Annual administration report of the Civil Veterinary Department of India - 1905-1906
Year: 1905
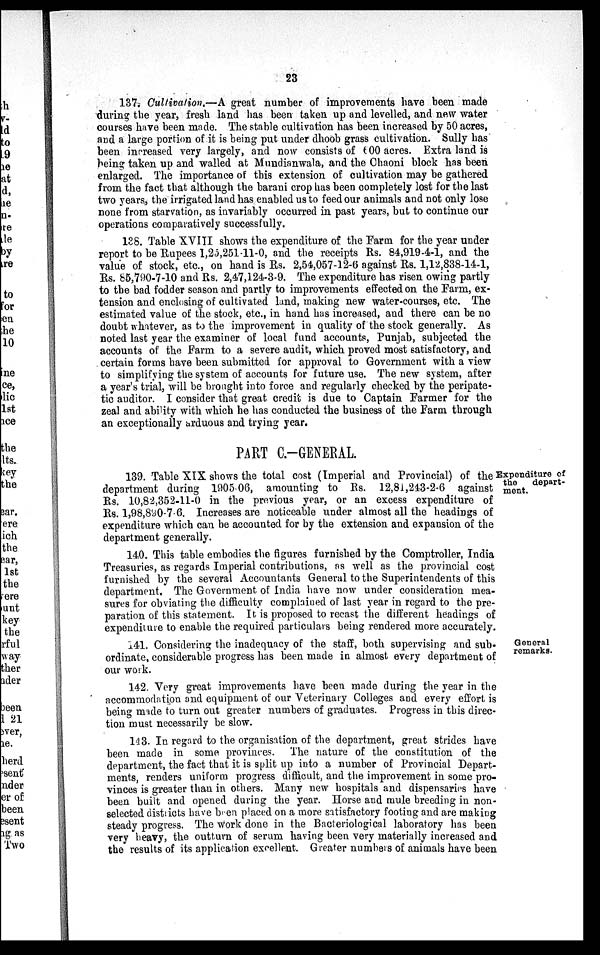
23
137. Cultivation.—A great number of improvements have been made
during the year, fresh land has been taken up and levelled, and new water
courses have been made. The stable cultivation has been increased by 50 acres,
and a large portion of it is being put under dhoob grass cultivation. Sully has
been increased very largely, and now consists of 600 acres. Extra land is
being taken up and walled at Mundianwala, and the Chaoni block has been
enlarged. The importance of this extension of cultivation may be gathered
from the fact that although the barani crop has been completely lost for the last
two years, the irrigated land has enabled us to feed our animals and not only lose
none from starvation, as invariably occurred in past years, but to continue our
operations comparatively successfully.
138. Table XVIII shows the expenditure of the Farm for the year under
report to be Rupees 1,25,251-11-0, and the receipts Rs. 84,919-4-1, and the
value of stock, etc., on hand is Rs. 2,54,057-12-6 against Rs. 1,12,838-14-1,
Rs. 85,790-7-10 and Rs. 2,47,124-3-9. The expenditure has risen owing partly
to the bad fodder season and partly to improvements effected on the Farm, ex-
tension and enclosing of cultivated land, making new water-courses, etc. The
estimated value of the stock, etc., in hand has increased, and there can be no
doubt whatever, as to the improvement in quality of the stock generally. As
noted last year the examiner of local fund accounts, Punjab, subjected the
accounts of the Farm to a severe audit, which proved most satisfactory, and
certain forms have been submitted for approval to Government with a view
to simplifying the system of accounts for future use. The new system, after
a year's trial, will be brought into force and regularly checked by the peripate-
tic auditor. I consider that great credit is due to Captain Farmer for the
zeal and ability with which he has conducted the business of the Farm through
an exceptionally arduous and trying year.
PART C.-GENERAL.
Expenditure of
the
depart-
ment.
139. Table XIX shows the total cost (Imperial and Provincial) of the
department during 1905-06, amounting to Rs. 12,81,243-2-6 against
Rs. 10,82,352-11-0 in the previous year, or an excess expenditure of
Rs. 1,98,890-7-6. Increases are noticeable under almost all the headings of
expenditure which can be accounted for by the extension and expansion of the
department generally.
140. This table embodies the figures furnished by the Comptroller, India
Treasuries, as regards Imperial contributions, as well as the provincial cost
furnished by the several Accountants General to the Superintendents of this
department. The Government of India have now under consideration mea-
sures for obviating the difficulty complained of last year in regard to the pre-
paration of this statement. It is proposed to recast the different headings of
expenditure to enable the required particulars being rendered more accurately.
General
remarks.
141. Considering the inadequacy of the staff, both supervising and sub-
ordinate, considerable progress has been made in almost every department of
our work.
142. Very great improvements have been made during the year in the
accommodation and equipment of our Veterinary Colleges and every effort is
being made to turn out greater numbers of graduates. Progress in this direc-
tion must necessarily be slow.
143. In regard to the organisation of the department, great strides have
been made in some provinces. The nature of the constitution of the
department, the fact that it is split up into a number of Provincial Depart-
ments, renders uniform progress difficult, and the improvement in some pro-
vinces is greater than in others. Many new hospitals and dispensaries have
been built and opened during the year. Horse and mule breeding in non-
selected districts have been placed on a more satisfactory footing and are making
steady progress. The work done in the Bacteriological laboratory has been
very heavy, the outturn of serum having been very materially increased and
the results of its application excellent. Greater numbers of animals have been